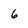
Character: 6